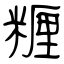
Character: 糎